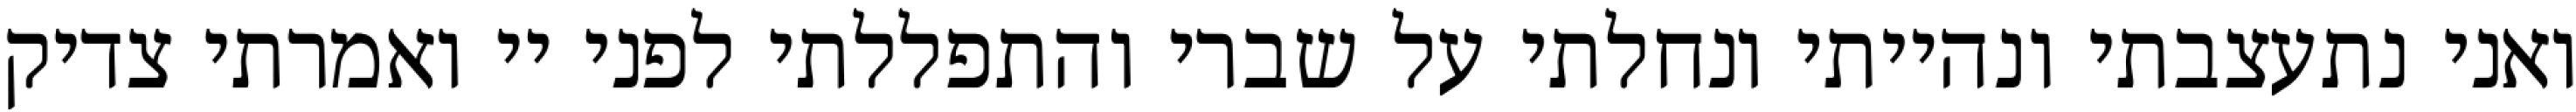
ואני נתעצבתי ונהייתי ונחלתי על שברי והתפללתי לפני יי ואמרתי צדיק